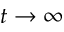
t \to \infty